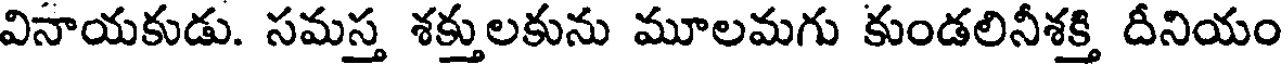
వినాయకుడు. సమస్త శక్తులకును మూలమగు కుండలినీశక్తి దీనియం